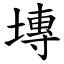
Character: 塼